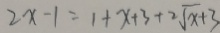
2 x - 1 = 1 + x + 3 + 2 \sqrt { x } + 3